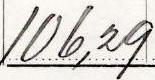
106,29